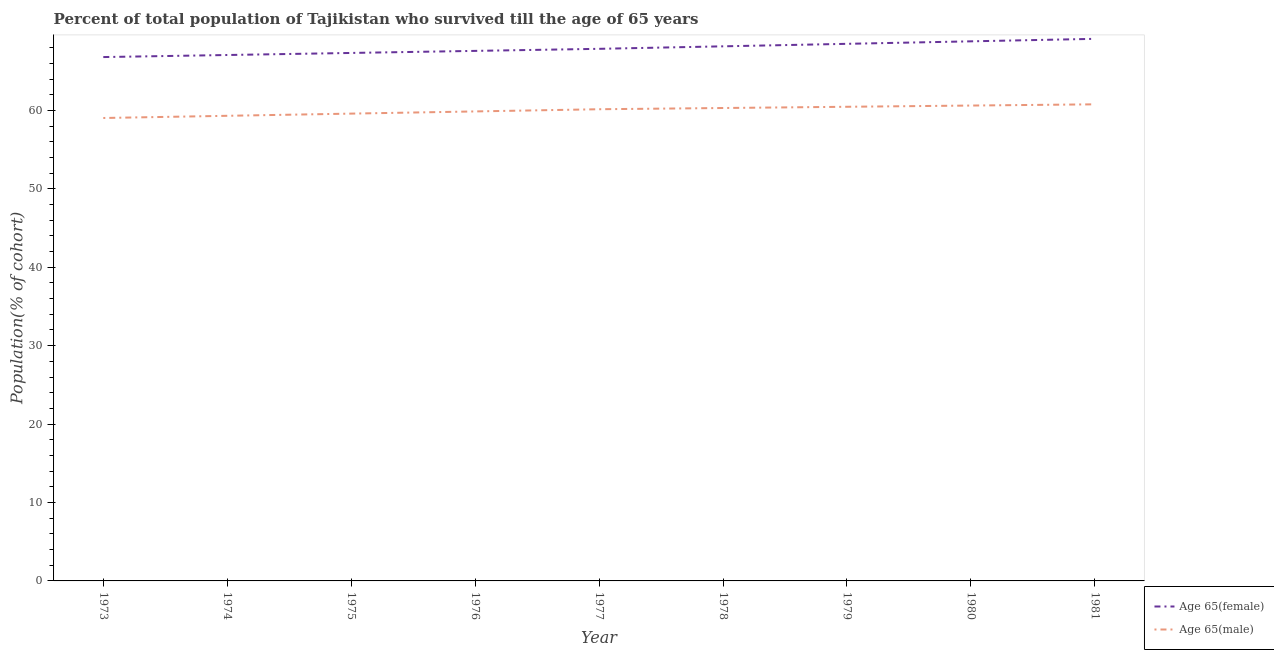
| Year | Age 65(female) | Age 65(male) |
 | --- | --- | --- |
 | 1973 | 66.8 | 59 |
 | 1974 | 67.1 | 59.3 |
 | 1975 | 67.3 | 59.6 |
 | 1976 | 67.6 | 59.9 |
 | 1977 | 67.8 | 60.1 |
 | 1978 | 68.2 | 60.3 |
 | 1979 | 68.5 | 60.5 |
 | 1980 | 68.8 | 60.6 |
 | 1981 | 69.1 | 60.8 |